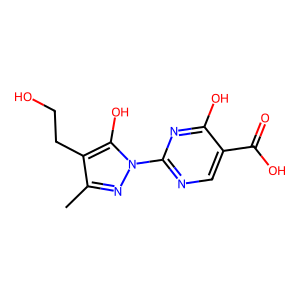
SMILES: Cc1nn(-c2ncc(C(=O)O)c(O)n2)c(O)c1CCO
Inhibits HIV replication: No